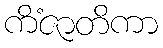
ကိံဇာတိကာ